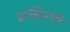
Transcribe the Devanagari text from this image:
ब्राह्मिनभी